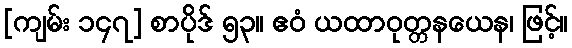
[ကျမ်း ၁၄၇] စာပိုဒ် ၅၃။ ဧဝံ ယထာဝုတ္တနယေန၊ ဖြင့်။